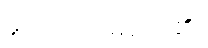
မူယာထင်မိလေ၏။